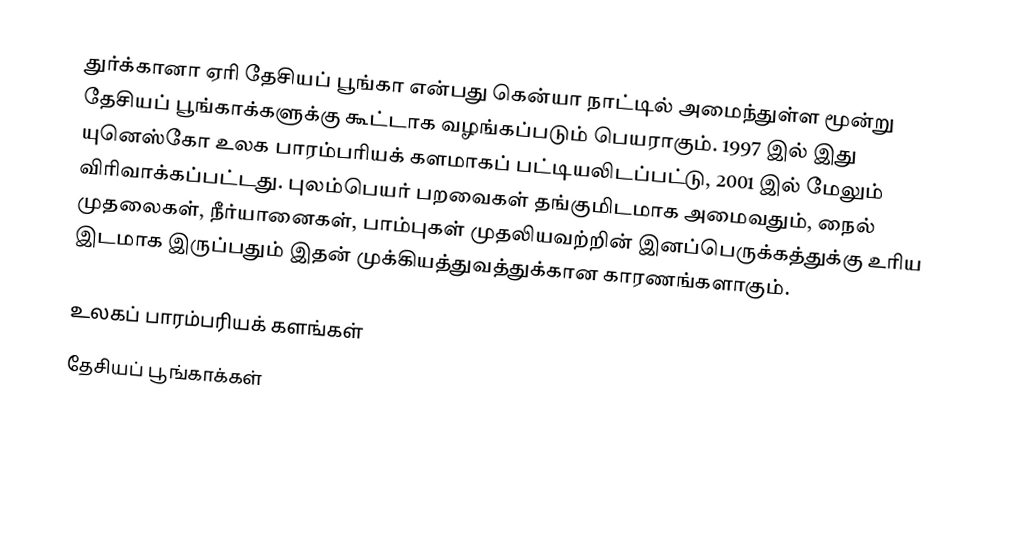
துர்க்கானா ஏரி தேசியப் பூங்கா என்பது கென்யா நாட்டில் அமைந்துள்ள மூன்று தேசியப் பூங்காக்களுக்கு கூட்டாக வழங்கப்படும் பெயராகும். 1997 இல் இது யுனெஸ்கோ உலக பாரம்பரியக் களமாகப் பட்டியலிடப்பட்டு, 2001 இல் மேலும் விரிவாக்கப்பட்டது. புலம்பெயர் பறவைகள் தங்குமிடமாக அமைவதும், நைல் முதலைகள், நீர்யானைகள், பாம்புகள் முதலியவற்றின் இனப்பெருக்கத்துக்கு உரிய இடமாக இருப்பதும் இதன் முக்கியத்துவத்துக்கான காரணங்களாகும்.

உலகப் பாரம்பரியக் களங்கள்
தேசியப் பூங்காக்கள்